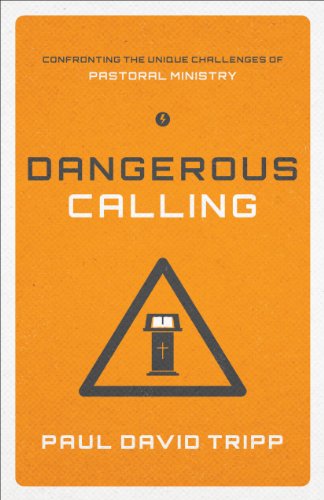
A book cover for Dangerous Calling (Paperback Edition): Confronting the Unique Challenges of Pastoral Ministry; Paul David Tripp; Christian Books & Bibles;